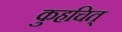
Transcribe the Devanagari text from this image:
कुहचित्